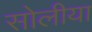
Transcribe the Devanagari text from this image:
सोलीया